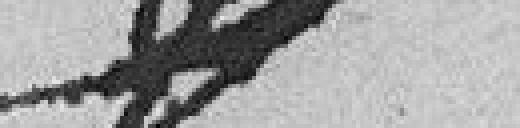
??